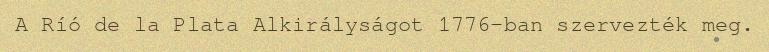
A Ríó de la Plata Alkirályságot 1776-ban szervezték meg.